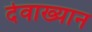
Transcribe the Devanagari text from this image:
देवाख्यान